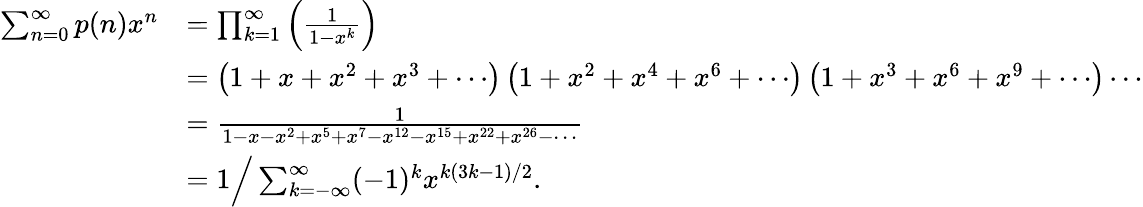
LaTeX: {\begin{array}{rl}{\sum_{n=0}^{\infty}p(n)x^{n}}&{=\prod_{k=1}^{\infty}\left({\frac{1}{1-x^{k}}}\right)}\\ &{=\left(1+x+x^{2}+x^{3}+\cdots\right)\left(1+x^{2}+x^{4}+x^{6}+\cdots\right)\left(1+x^{3}+x^{6}+x^{9}+\cdots\right)\cdots}\\ &{={\frac{1}{1-x-x^{2}+x^{5}+x^{7}-x^{12}-x^{15}+x^{22}+x^{26}-\cdots}}}\\ &{=1{\Big/}\sum_{k=-\infty}^{\infty}(-1)^{k}x^{k(3k-1)/2}.}\end{array}}